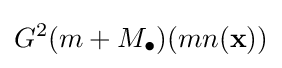
G^{2}(m+M_{\bullet })(mn(\mathbf {x} ))